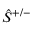
\hat { S } ^ { + / - }